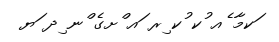
ަކމާ ެއ ުކ ުކ ިރ ައ ްށގެ ްނ ިދ ަޔ